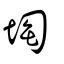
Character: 𡍒